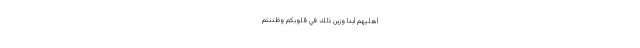
أَهْلِيهِمْ أَبَدًا وَزُيِّنَ ذَلِكَ فِي قُلُوبِكُمْ وَظَنَنْتُمْ